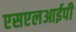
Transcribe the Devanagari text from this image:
एसएलआईपी